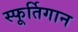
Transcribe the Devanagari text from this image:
स्फूर्तिगान